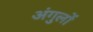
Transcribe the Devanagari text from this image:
अंगुलों